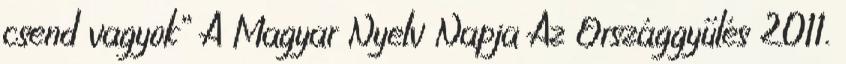
csend vagyok” A Magyar Nyelv Napja Az Országgyűlés 2011.